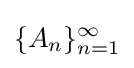
\{A_{n}\}_{n=1}^{\infty }